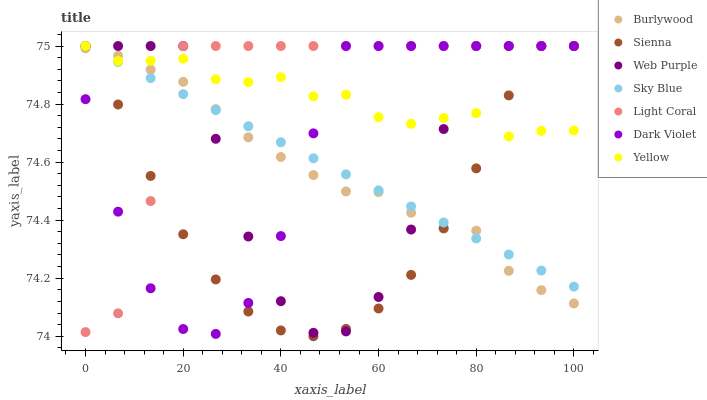
| xaxis_label | Burlywood | Sienna | Web Purple | Sky Blue | Light Coral | Dark Violet | Yellow |
 | --- | --- | --- | --- | --- | --- | --- | --- |
 | 0 | 75 | 75 | 75 | 75 | 74 | 74.8 | 75 |
 | 6.67 | 75 | 74.8 | 75 | 74.9 | 74.1 | 74.4 | 74.9 |
 | 13.3 | 74.9 | 74.6 | 75 | 74.9 | 74.5 | 74.2 | 74.9 |
 | 20 | 74.9 | 74.4 | 75 | 74.8 | 75 | 74 | 75 |
 | 26.7 | 74.8 | 74.2 | 74.7 | 74.8 | 75 | 74 | 74.9 |
 | 33.3 | 74.7 | 74.1 | 74.3 | 74.7 | 75 | 74.1 | 74.9 |
 | 40 | 74.6 | 74 | 74.1 | 74.7 | 75 | 74.3 | 74.9 |
 | 46.7 | 74.6 | 74 | 74 | 74.6 | 75 | 74.7 | 74.8 |
 | 53.3 | 74.5 | 74 | 74 | 74.6 | 75 | 75 | 74.8 |
 | 60 | 74.5 | 74.1 | 74.1 | 74.5 | 75 | 75 | 74.8 |
 | 66.7 | 74.4 | 74.2 | 74.4 | 74.4 | 75 | 75 | 74.7 |
 | 73.3 | 74.4 | 74.4 | 74.7 | 74.4 | 75 | 75 | 74.8 |
 | 80 | 74.4 | 74.6 | 75 | 74.3 | 75 | 75 | 74.8 |
 | 86.7 | 74.2 | 74.8 | 75 | 74.3 | 75 | 75 | 74.7 |
 | 93.3 | 74.2 | 75 | 75 | 74.2 | 75 | 75 | 74.7 |
 | 100 | 74.1 | 75 | 75 | 74.2 | 75 | 75 | 74.7 |